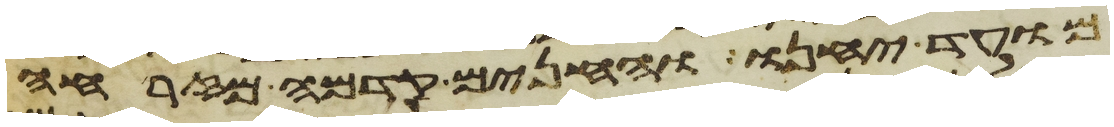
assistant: מועד יחנו והחנים קדמה מזרחה